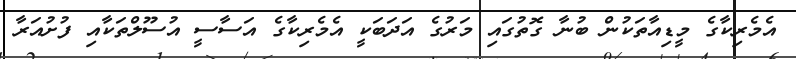
އެމެރިކާގެ މީޑިއާތަކުން ބުނާ ގޮތުގައި މަރުގެ އަދަބަކީ އެމެރިކާގެ އަސާސީ އުސޫލްތަކާއި ފުށުއަރާ